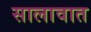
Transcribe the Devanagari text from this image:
सालावात